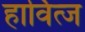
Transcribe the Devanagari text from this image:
हार्वित्ज